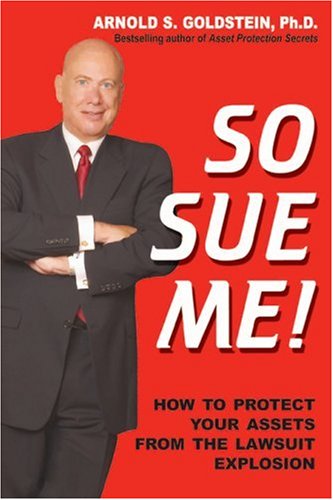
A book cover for So Sue Me! How to Protect Your Assets from the Lawsuit Explosion; Arnold S. Goldstein; Law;